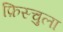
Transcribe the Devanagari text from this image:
फ़िस्चुला